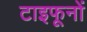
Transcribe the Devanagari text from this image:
टाइफूनों